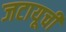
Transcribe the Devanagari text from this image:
जटायूची